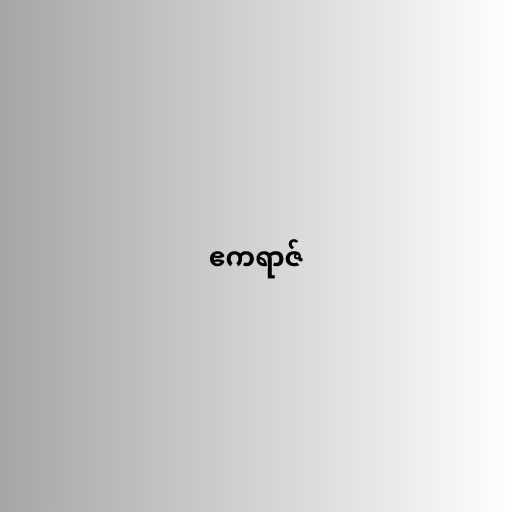
ဧကရာဇ်